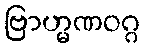
ဗြာဟ္မဏဝဂ္ဂ